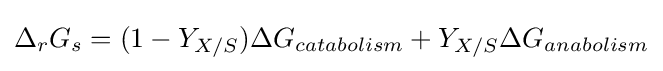
\Delta _{r}G_{s}=(1-Y_{X/S})\Delta G_{catabolism}+Y_{X/S}\Delta G_{anabolism}